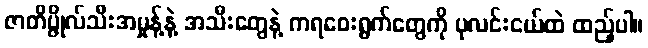
ဇာတိပ္ဇိုလ်သီးအမှုန့်နဲ့ အသီးတွေနဲ့ ကရဝေးရွက်တွေကို ပုလင်းငယ်ထဲ ထည့်ပါ။